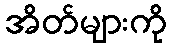
အိတ်များကို